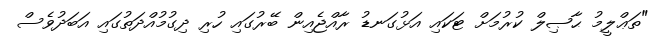
"ތަޢްލީމު ޙާޞިލް ކުރުމަށް ޓަކައި އަޅުގަނޑު ރާއްޖެއިން ބޭރުގައި ހުރި ދިގުމުއްދަތުގައި އަބަދުވެސް